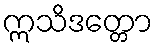
ဣသိဒတ္တော